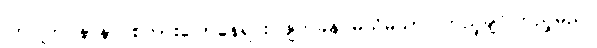
ကြင်ကြင်နာနာ စကားပြောနေရင်း ဖျတ်ခနဲ မသိမသာ ကြည့်ချင်ကြည့်မည်။